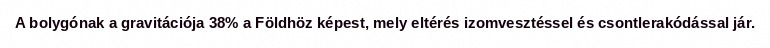
A bolygónak a gravitációja 38% a Földhöz képest, mely eltérés izomvesztéssel és csontlerakódással jár.